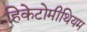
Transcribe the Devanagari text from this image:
हिकेटोमीथियम